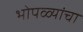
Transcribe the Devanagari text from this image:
भोपळ्यांचा